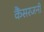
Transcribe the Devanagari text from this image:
कैंसरजनी